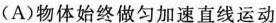
(A)物体始终做匀加速直线运动